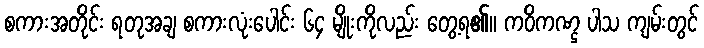
စကားအတိုင်း ရတုအချ စကားလုံးပေါင်း ၆၄ မျိုးကိုလည်း တွေ့ရ၏။ ကဝိကဏ္ဌ ပါသ ကျမ်းတွင်